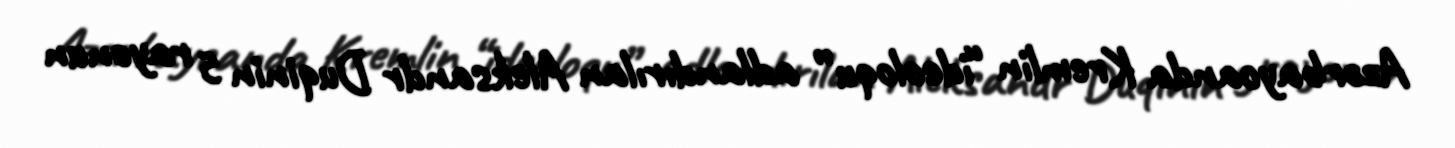
Azərbaycanda Kremlin “ideoloqu” adlandırılan Aleksandr Duqinin 5 rayonun